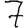
Digit: 7